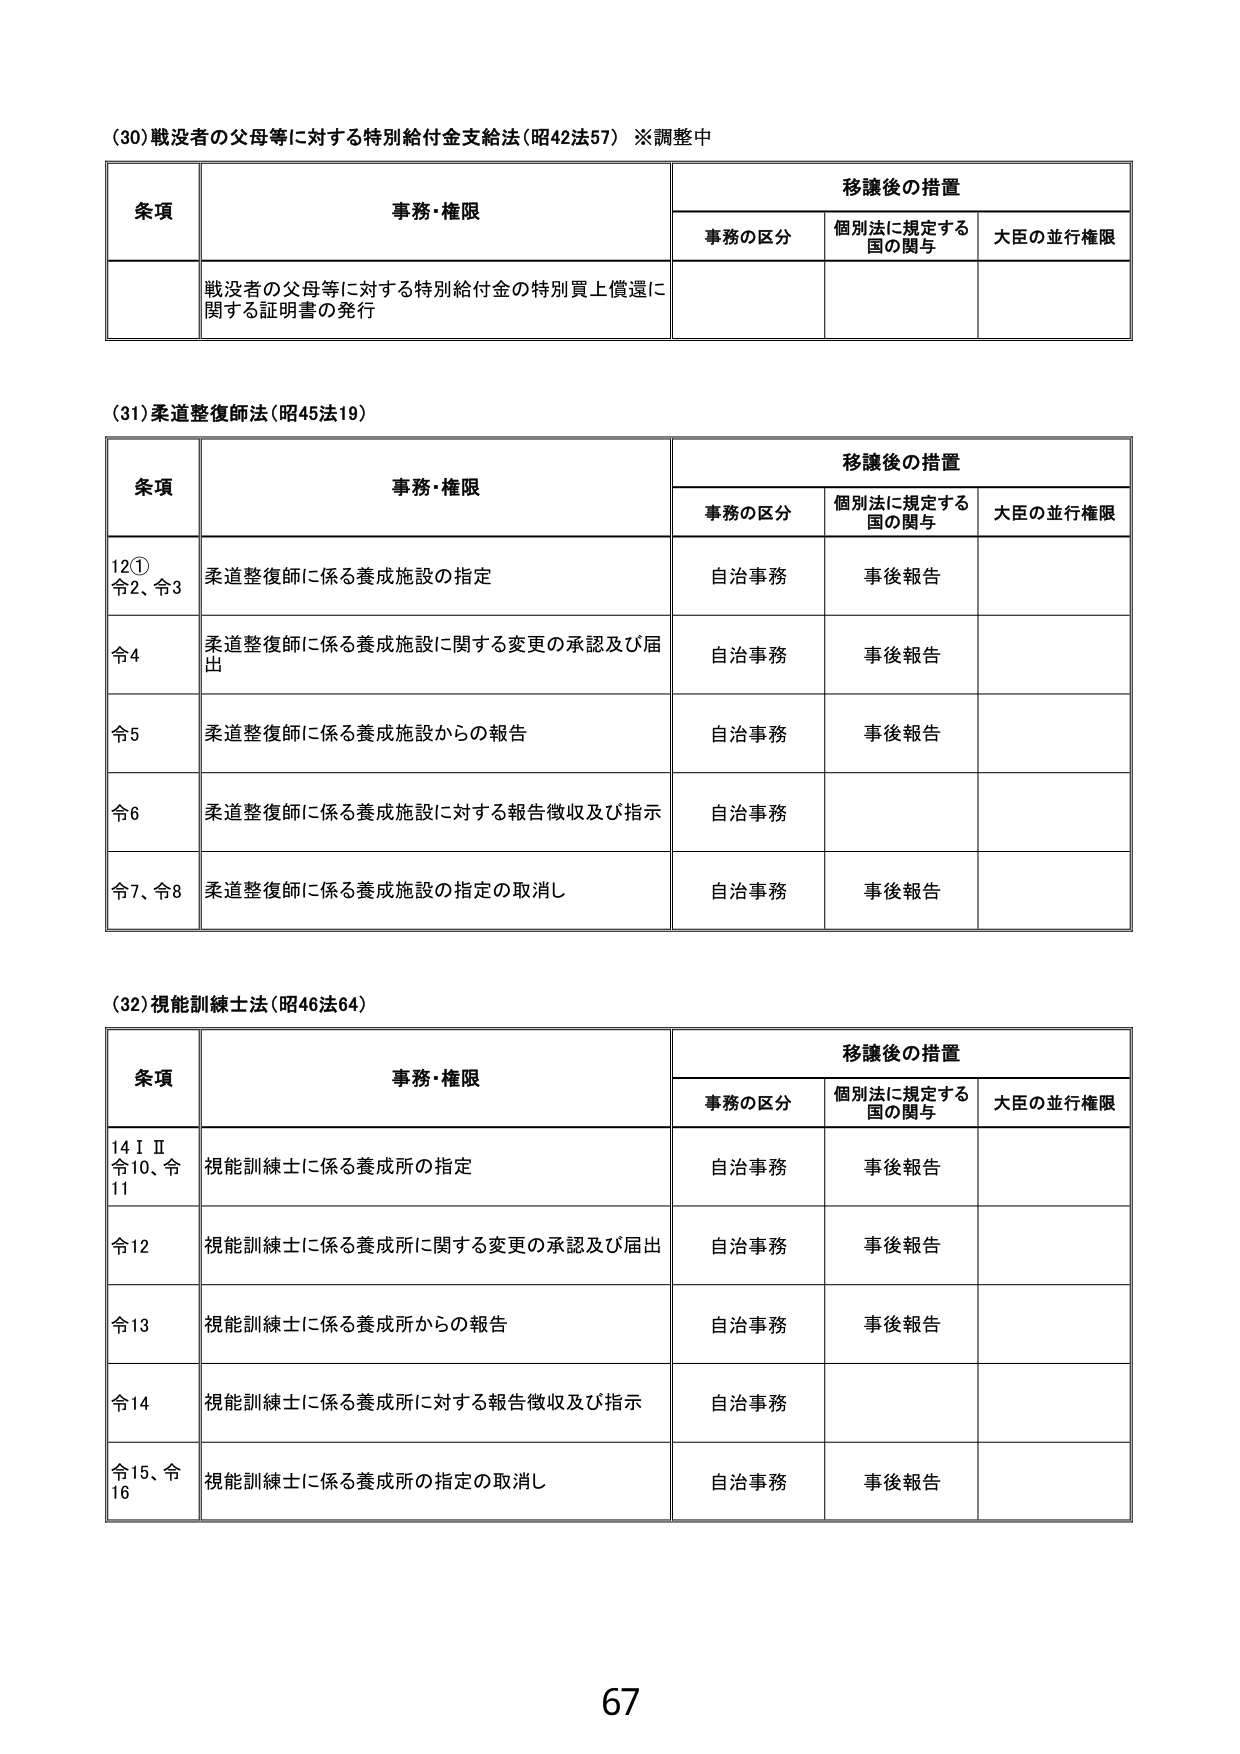
(30) 戦没者の父母等に対する特別給付金支給法（昭42法57）※調整中

条項 事務・権限 移譲後の措置
　　事務の区分 個別法に規定する国の関与 大臣の並行権限
　　戦没者の父母等に対する特別給付金の特別買上償還に関する証明書の発行

(31) 柔道整復師法（昭45法19）

条項 事務・権限 移譲後の措置
　　事務の区分 個別法に規定する国の関与 大臣の並行権限
12① 令2、令3 柔道整復師に係る養成施設の指定 自治事務 事後報告
令4 柔道整復師に係る養成施設に関する変更の承認及び届出 自治事務 事後報告
令5 柔道整復師に係る養成施設からの報告 自治事務 事後報告
令6 柔道整復師に係る養成施設に対する報告徴収及び指示 自治事務
令7、令8 柔道整復師に係る養成施設の指定の取消し 自治事務 事後報告

(32) 視能訓練士法（昭46法64）

条項 事務・権限 移譲後の措置
　　事務の区分 個別法に規定する国の関与 大臣の並行権限
14ⅠⅡ 令10、令11 視能訓練士に係る養成所の指定 自治事務 事後報告
令12 視能訓練士に係る養成所に関する変更の承認及び届出 自治事務 事後報告
令13 視能訓練士に係る養成所からの報告 自治事務 事後報告
令14 視能訓練士に係る養成所に対する報告徴収及び指示 自治事務
令15、令16 視能訓練士に係る養成所の指定の取消し 自治事務 事後報告

67